Report on horse surra - Volume I
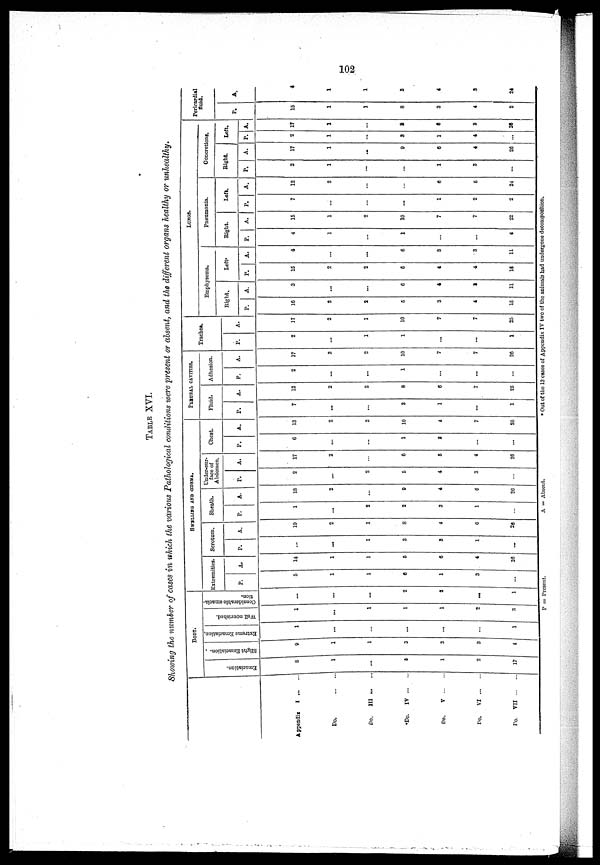
102
TABLE XVI.
Showing the number of cases in which the various Pathological conditions were present or absent, and the different organs healthy or unhealthy.
Appendix
I ... ...
Do.
...
...
Do.
III ... ...
Do.
IV ... ...
Do.
V ... ...
Do.
VI ... ...
Do. VII ...
...
BODY.
Emaciation.
8
1
...
5
1
2
17
Slight Emaciation.
9
1
1
3
3
3
4
Extreme Emaciation,
1
...
...
...
...
1
Well nourished.
1
...
1
1
1
2
3
Comciderable emacia-
tion
...
...
...
2
3
...
1
SWELLING AND ŒDEMA.
Extremities.
P.
5
1
1
6
1
3
...
A.
14
1
1
5
6
4
26
Scrotum.
P.
...
...
1
8
3
1
...
A.
19
2
1
8
4
6
20
Sheath.
P.
1
...
2
2
3
1
...
A.
13
2
...
9
4
6
26
Under-sur-
face of
Abdomen.
P.
2
...
2
5
4
3
...
A.
17
2
...
6
3
4
26
Cheat.
P.
6
...
...
1
8
...
...
A.
13
2
2
10
4
7
26
PLEURAL CAVITIES.
Fluid.
P.
7
...
...
3
1
...
1
A.
12
2
2
8
6
7
25
Adhesion.
P.
2
...
...
1
...
...
...
A.
17
2
2
10
7
7
26
Trachea.
P.
2
...
1
1
...
...
1
A.
17
2
1
10
7
7
25
LUNGS.
Emphysema.
Right.
P.
16
2
2
5
3
4
15
A.
3
...
...
6
4
8
11
Left.
P.
15
2
2
5
4
4
16
A.
4
...
...
6
3
3
11
Pneumonia.
Bight,
P.
4
1
...
1
...
...
4
A.
15
1
2
10
7
7
22
Left.
P.
7
...
...
...
1
2
2
A.
12
2
...
...
6
5
24
Concretions.
Bight.
P.
2
1
...
...
1
3
...
A.
17
1
...
9
6
4
26
Left.
P. A.
2
1
...
3
1
4
...
17
1
...
8
6
3
26
Pericardial
fluid.
P.
15
1
1
8
3
4
2
A.
4
1
1
3
4
3
24
P = Present.
A =
Absent.
* Out of the 13 cases of Appendix IV two of the animals had undergone decomposition.